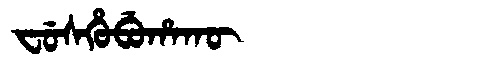
Manchu: ᠸᡠᠰᡥᡠᠪᡠᡥᠠᡴᡡ
Romanization: FUSHUBUHAKŪ